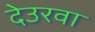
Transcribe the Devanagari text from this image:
देउरवा